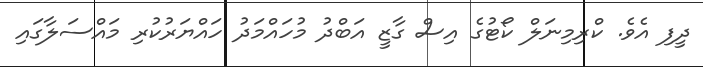
ދީފި އެވެ. ކްރިމިނަލް ކޯޓުގެ އިސް ގާޒީ އަބްދު މުހައްމަދު ހައްޔަރުކުރި މައްސަލާގައި